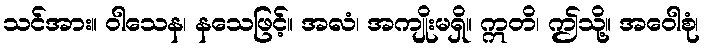
သင်အား။ ဝါသေန၊ နသေဖြင့်။ အလံ၊ အကျိုးမရှိ။ ဣတိ၊ ဤသို့။ အဝေါစုံ၊